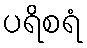
ပရိစရံ